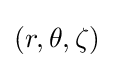
\left(r,\theta ,\zeta \right)